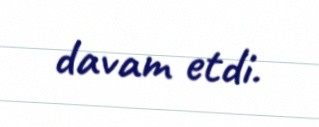
davam etdi.